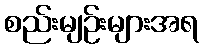
စည်းမျဉ်းများအရ